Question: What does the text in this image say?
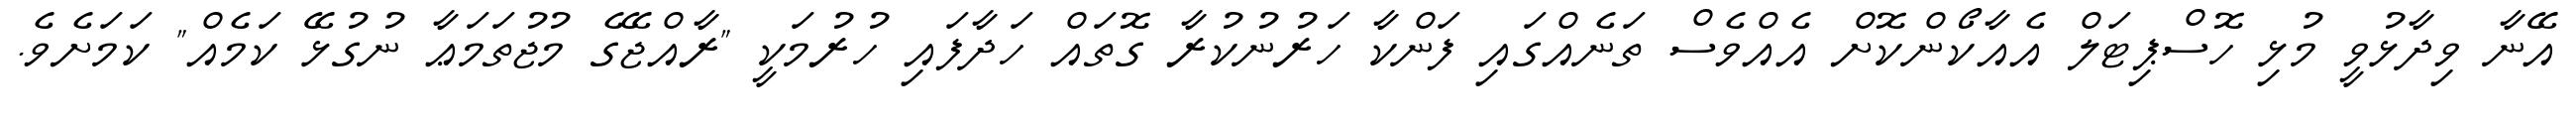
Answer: އޭނާ ވިދާޅުވީ މުޅި ހޮސްޕިޓަލް އެއާކޯންކޮށް އެއްވެސް ތަނެއްގައި ފަންކާ ހަރުނުކުރާ ގޮތައް ހަދާފައި ހުރުމަކީ "ރާއްޖޭގެ މުޖުތަމަޢާ ނުގުޅޭ ކަމެއް" ކަމަށެވެ.